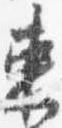
束